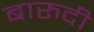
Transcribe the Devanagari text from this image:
बारुदी